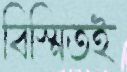
বিস্মিতই